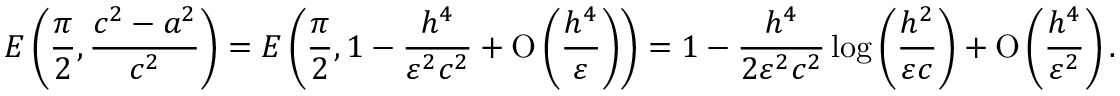
E \left( \frac { \pi } { 2 } , \frac { c ^ { 2 } - a ^ { 2 } } { c ^ { 2 } } \right) = E \left( \frac { \pi } { 2 } , 1 - \frac { h ^ { 4 } } { \varepsilon ^ { 2 } c ^ { 2 } } + \ensuremath { \operatorname { O } \left( \frac { h ^ { 4 } } { \varepsilon } \right) } \right) = 1 - \frac { h ^ { 4 } } { 2 \varepsilon ^ { 2 } c ^ { 2 } } \log { \left( \frac { h ^ { 2 } } { \varepsilon c } \right) } + \ensuremath { \operatorname { O } \left( \frac { h ^ { 4 } } { \varepsilon ^ { 2 } } \right) } .